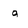
Character: g